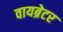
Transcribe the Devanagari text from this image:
वायब्रेटर